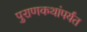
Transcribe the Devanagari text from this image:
पुराणकथांपर्यंत